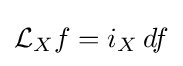
{\mathcal {L}}_{X}f=i_{X}\,df